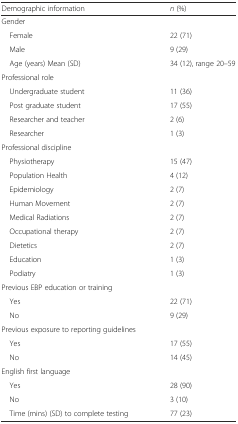
| Demographic information | n (%) |
 | --- | --- |
 | <COLSPAN=2> Gender |
 | Female | 22 (71) |
 | Male | 9 (29) |
 | Age (years) Mean (SD) | 34 (12), range 20–59 |
 | <COLSPAN=2> Professional role |
 | Undergraduate student | 11 (36) |
 | Post graduate student | 17 (55) |
 | Researcher and teacher | 2 (6) |
 | Researcher | 1 (3) |
 | <COLSPAN=2> Professional discipline |
 | Physiotherapy | 15 (47) |
 | Population Health | 4 (12) |
 | Epidemiology | 2 (7) |
 | Human Movement | 2 (7) |
 | Medical Radiations | 2 (7) |
 | Occupational therapy | 2 (7) |
 | Dietetics | 2 (7) |
 | Education | 1 (3) |
 | Podiatry | 1 (3) |
 | <COLSPAN=2> Previous EBP education or training |
 | Yes | 22 (71) |
 | No | 9 (29) |
 | <COLSPAN=2> Previous exposure to reporting guidelines |
 | Yes | 17 (55) |
 | No | 14 (45) |
 | <COLSPAN=2> English first language |
 | Yes | 28 (90) |
 | No | 3 (10) |
 | Time (mins) (SD) to complete testing | 77 (23) |